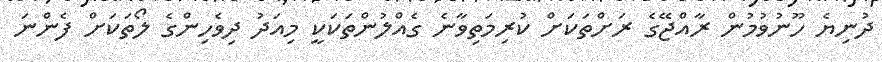
ދުނިޔެ ހޫނުވުމުން ރާއްޖޭގެ ރަށްތަކަށް ކުރިމަތިވާނެ ގެއްލުންތަކަކީ މިއަދު ދިވެހިންގެ ލޯތަކަށް ފެންނަ